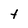
Character: t